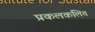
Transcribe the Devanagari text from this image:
प्रकलकलित